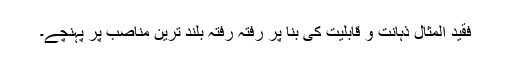
فقید المثال ذہانت و قابلیت کی بنا پر رفتہ رفتہ بلند ترین مناصب پر پہنچے۔